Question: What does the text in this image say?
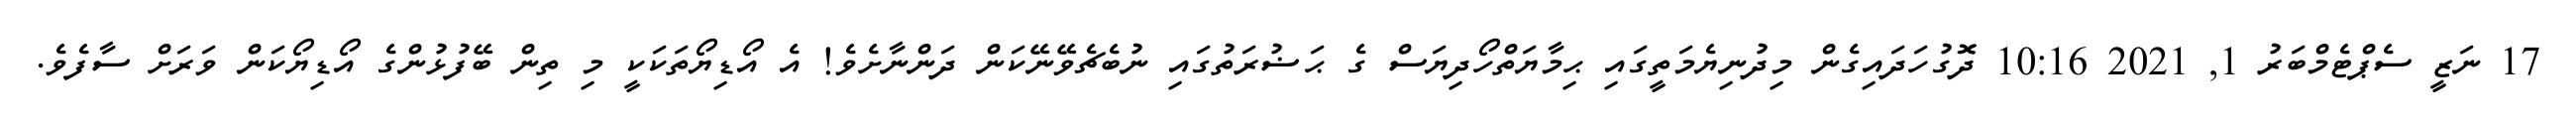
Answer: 17 ނަޒީ ސެޕްޓެމްބަރު 1, 2021 10:16 ދޮގުހަދައިގެން މިދުނިޔެމަތީގައި ޙިމާޔަތްހޯދިޔަސް ގެ ޙަޟުރަތުގައި ނުބެޗެވޭނޭކަން ދަންނާށެވެ! އެ އޯޑިޔޯތަކަކީ މި ތިން ބޭފުޅުންގެ އޯޑިޔޯކަން ވަރަށް ސާފެވެ.